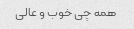
همه چی خوب و عالی